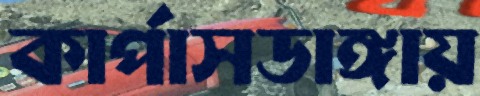
কার্পাসডাঙ্গায়